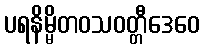
ပရနိမ္မိတဝသဝတ္တီဒေဝေ